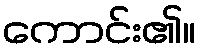
ကောင်း၏။